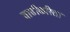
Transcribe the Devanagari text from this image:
वाढीकरिता